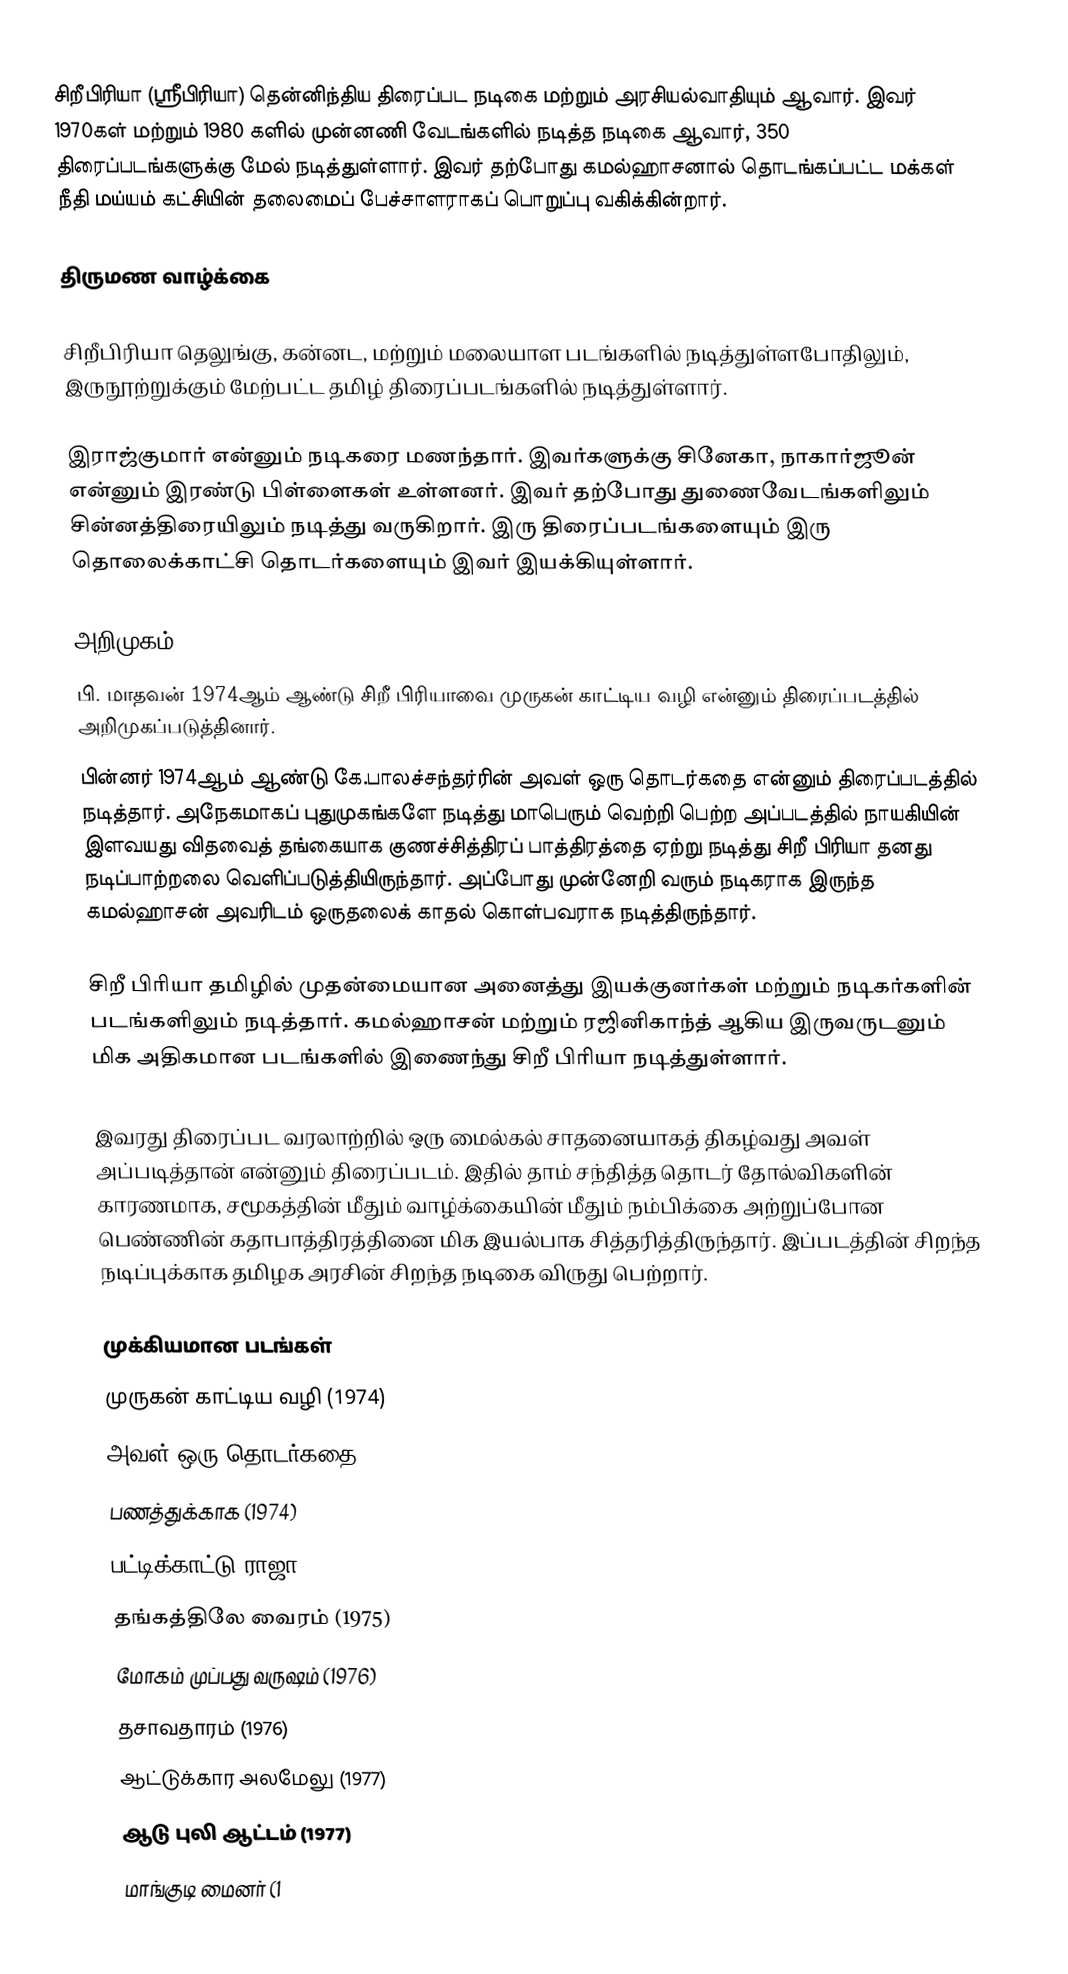
சிறீபிரியா (ஸ்ரீபிரியா) தென்னிந்திய திரைப்பட நடிகை மற்றும் அரசியல்வாதியும் ஆவார். இவர் 1970கள் மற்றும் 1980 களில் முன்னணி வேடங்களில் நடித்த நடிகை ஆவார், 350 திரைப்படங்களுக்கு மேல் நடித்துள்ளார். இவர் தற்போது கமல்ஹாசனால் தொடங்கப்பட்ட மக்கள் நீதி மய்யம் கட்சியின் தலைமைப் பேச்சாளராகப் பொறுப்பு வகிக்கின்றார்.

திருமண வாழ்க்கை

சிறீபிரியா தெலுங்கு, கன்னட, மற்றும் மலையாள படங்களில் நடித்துள்ளபோதிலும், இருநூற்றுக்கும் மேற்பட்ட தமிழ் திரைப்படங்களில் நடித்துள்ளார்.

இராஜ்குமார் என்னும் நடிகரை மணந்தார். இவர்களுக்கு சினேகா, நாகார்ஜூன் என்னும் இரண்டு பிள்ளைகள் உள்ளனர். இவர் தற்போது துணைவேடங்களிலும் சின்னத்திரையிலும் நடித்து வருகிறார். இரு திரைப்படங்களையும் இரு தொலைக்காட்சி தொடர்களையும் இவர் இயக்கியுள்ளார்.

அறிமுகம்
பி. மாதவன் 1974ஆம் ஆண்டு சிறீ பிரியாவை முருகன் காட்டிய வழி என்னும் திரைப்படத்தில் அறிமுகப்படுத்தினார்.
பின்னர் 1974ஆம் ஆண்டு கே.பாலச்சந்தர்ரின் அவள் ஒரு தொடர்கதை என்னும் திரைப்படத்தில் நடித்தார். அநேகமாகப் புதுமுகங்களே நடித்து மாபெரும் வெற்றி பெற்ற அப்படத்தில் நாயகியின் இளவயது விதவைத் தங்கையாக குணச்சித்திரப் பாத்திரத்தை ஏற்று நடித்து சிறீ பிரியா தனது நடிப்பாற்றலை வெளிப்படுத்தியிருந்தார். அப்போது முன்னேறி வரும் நடிகராக இருந்த கமல்ஹாசன் அவரிடம் ஒருதலைக் காதல் கொள்பவராக நடித்திருந்தார்.

சிறீ பிரியா தமிழில் முதன்மையான அனைத்து இயக்குனர்கள் மற்றும் நடிகர்களின் படங்களிலும் நடித்தார். கமல்ஹாசன் மற்றும் ரஜினிகாந்த் ஆகிய இருவருடனும் மிக அதிகமான படங்களில் இணைந்து சிறீ பிரியா நடித்துள்ளார்.

இவரது திரைப்பட வரலாற்றில் ஒரு மைல்கல் சாதனையாகத் திகழ்வது அவள் அப்படித்தான் என்னும் திரைப்படம். இதில் தாம் சந்தித்த தொடர் தோல்விகளின் காரணமாக, சமூகத்தின் மீதும் வாழ்க்கையின் மீதும் நம்பிக்கை அற்றுப்போன பெண்ணின் கதாபாத்திரத்தினை மிக இயல்பாக சித்தரித்திருந்தார். இப்படத்தின் சிறந்த நடிப்புக்காக தமிழக அரசின் சிறந்த நடிகை விருது பெற்றார்.

முக்கியமான படங்கள்
 முருகன் காட்டிய வழி (1974)
 அவள் ஒரு தொடர்கதை (1974)
 பணத்துக்காக (1974)
 பட்டிக்காட்டு ராஜா (1975)
 தங்கத்திலே வைரம் (1975)
 மோகம் முப்பது வருஷம் (1976)
 தசாவதாரம் (1976)
 ஆட்டுக்கார அலமேலு (1977)
 ஆடு புலி ஆட்டம் (1977)
 மாங்குடி மைனர் (1